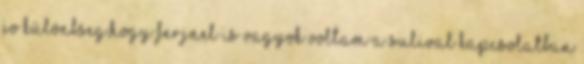
jo különbseg,hogy ferjnel is vagyok voltam A sulival kapcsolatban